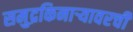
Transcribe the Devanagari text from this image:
समुद्रकिनार्‍यावरची